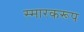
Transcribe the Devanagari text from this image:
स्मारकरूप